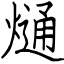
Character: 熥